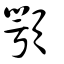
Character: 顎